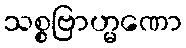
သစ္စဗြာဟ္မဏော